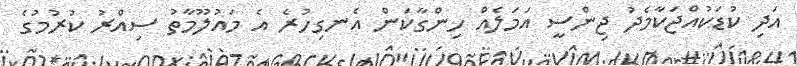
އަދި ކުޑަކުއްޖަކާމެދު ޖިންސީ އަމަލެއް ހިންގާކަން އެނގިހުރެ އެ މައުލޫމާތު ސިއްރު ކުރުމުގެ